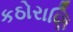
કઠોરાણિ